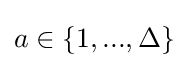
a\in \{1,...,\Delta \}